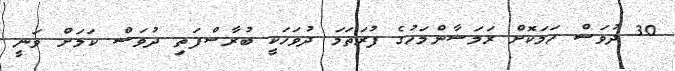
30 ދުވަސް ހަމަކޮށް ރަމަޟާންމަހުގެ ފުރަތަމަ ދުވަހަކީ ބުރާސްފަތި ދުވަސް ކަމަށް ވަނީ